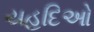
યહૂદિઓ